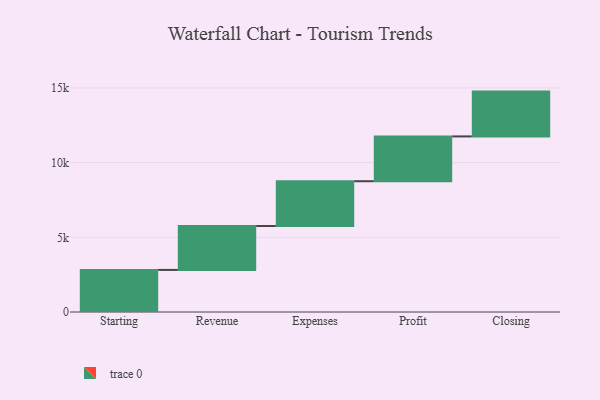
{"axis": {"x": "Step", "y": "Value"}, "legend": [""], "data": [{"x": "Starting", "y": 2818.0, "type": ""}, {"x": "Revenue", "y": 2938.0, "type": ""}, {"x": "Expenses", "y": 3000, "type": ""}, {"x": "Profit", "y": 3000, "type": ""}, {"x": "Closing", "y": 3000, "type": ""}]}